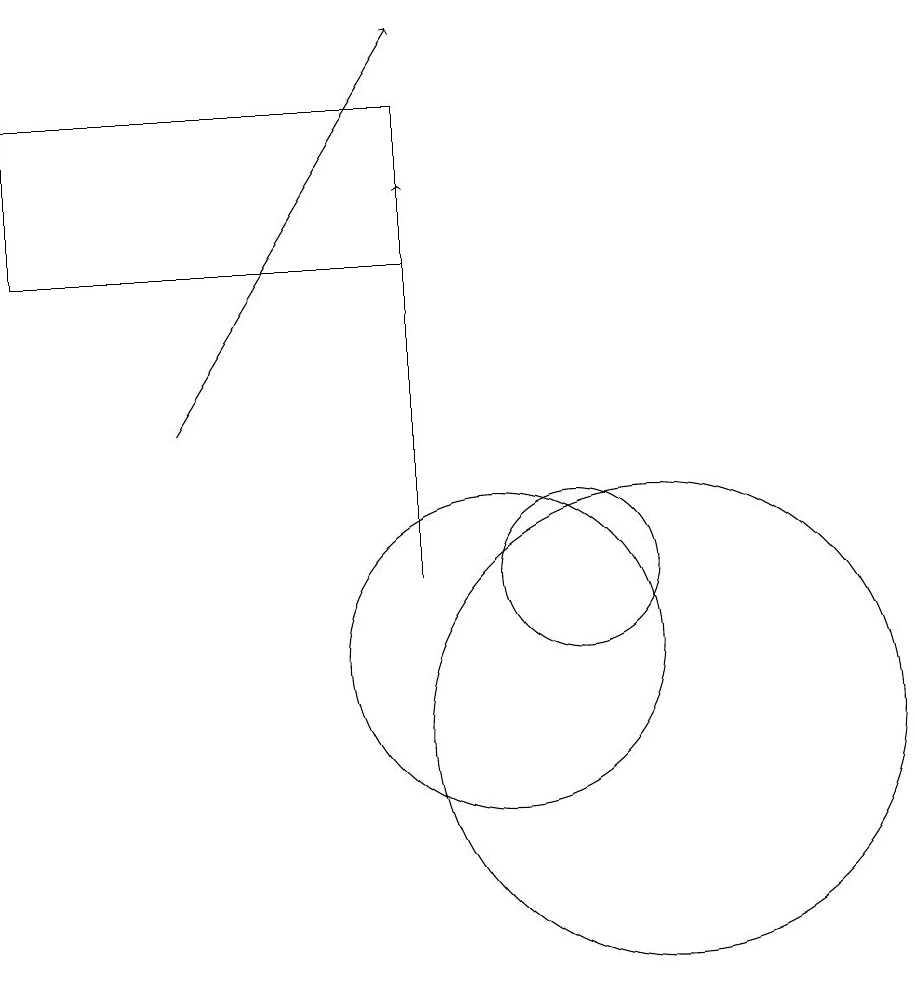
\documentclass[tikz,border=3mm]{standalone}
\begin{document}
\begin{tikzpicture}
\draw (10,11) circle (2);
\draw (4,18) rectangle (9,16);
\draw (11,12) circle (1);
\draw[->] (9,12) -- (9,17);
\draw[->] (6,14) -- (9,19);
\draw (12,10) circle (3);
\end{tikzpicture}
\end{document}